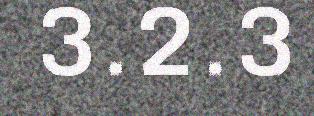
3.2.3